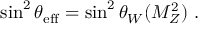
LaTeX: \sin ^ { 2 } \theta _ { \mathrm { e f f } } = \sin ^ { 2 } \theta _ { W } ( M _ { Z } ^ { 2 } ) ~ .